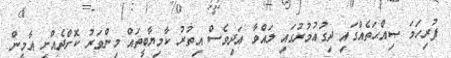
ފުރިހަމަ ޞިއްޙަތެއްގައި ދިގުޢުމުރުގައި ލައްވާ އަދިވެސް އިތުރު ކާމިޔާބީތައް މިންވަރު ކޮށްދެއްށި އާމީން